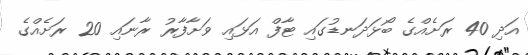
އަދި 40 ރަށެއްގެ ބޯޅަދަނޑުގައި ޓާފް އަޅައި ވަށާފާރު ރާނައި 20 ރަށެއްގެ